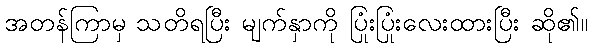
အတန်ကြာမှ သတိရပြီး မျက်နှာကို ပြုံးပြုံးလေးထားပြီး ဆို၏။